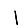
Digit: 1